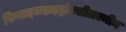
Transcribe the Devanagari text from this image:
फिनाइलहाइड्रोक्सीलएमीन